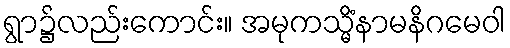
ရွာ၌လည်းကောင်း။ အမုကသ္မိံနာမနိဂမေဝါ